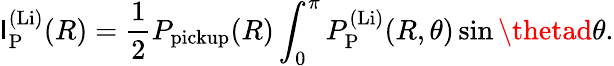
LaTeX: \mathsf{I}_{\mathrm{{P}}}^{\mathrm{{(Li)}}}(R)=\frac{{1}}{{2}}P_{\mathrm{{pickup}}}(R)\int_{0}^{\pi}P_{\mathrm{{P}}}^{\mathrm{{(Li)}}}(R,\theta)\sin\thetad\theta.